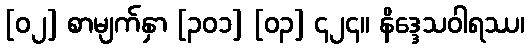
[၀၂] စာမျက်နှာ [၃၀၁] [၀၃] ၄၂၄။ နိဒ္ဒေသဝါရဿ၊